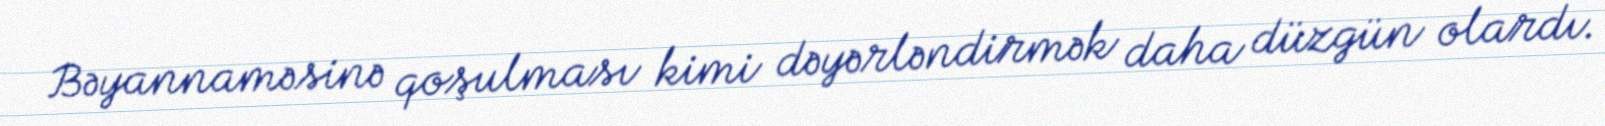
Bəyannaməsinə qoşulması kimi dəyərləndirmək daha düzgün olardı.